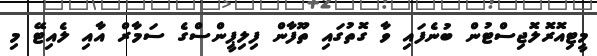
މީޓިއޮރޮލޮޖިސްޓުން ބުނެފައި ވާ ގޮތުގައި ތޫފާން ފިލިޕީންސްގެ ސަމާރް އާއި ލެއިޓޭ މި